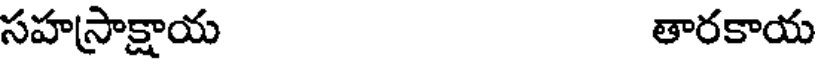
సహస్రాక్షాయ తారకాయ